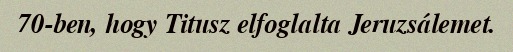
70-ben, hogy Titusz elfoglalta Jeruzsálemet.